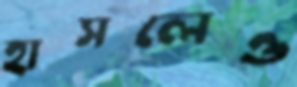
হাসলেও